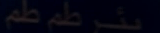
طَمْ طَمْ ط